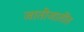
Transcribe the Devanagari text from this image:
जातीजातींत